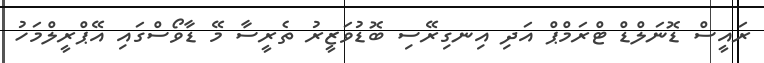
ރައީސް ޑޮނަލްޑް ޓްރަމްޕް އަދި އިނގިރޭސި ބޮޑުވަޒީރު ތެރީސާ މޭ ޑާވޯސްގައި އޭޕްރީލްމަހު